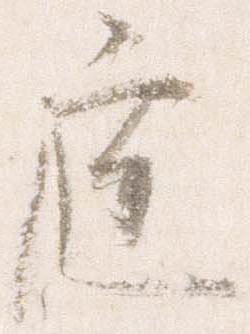
庭